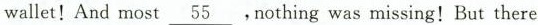
waller! And most \underline{55}, nothing was missing!But there